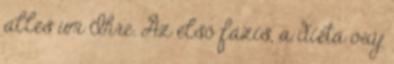
alles um Ihre. Az első fázis, a diéta oxy